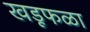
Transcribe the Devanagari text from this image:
खडूफळा